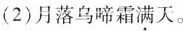
(2)月落乌啼霜满天。